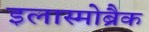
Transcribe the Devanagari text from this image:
इलास्मोब्रैक